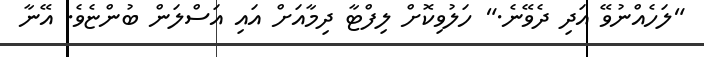
"ލަހެއްނުވޭ އަދި ދެވޭނެ." ހަލުވިކޮށް ލިފްޓާ ދިމާއަށް އައި އަސްލަން ބުންޏެވެ. އޭނާ